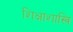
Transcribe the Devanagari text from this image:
शिक्षाशास्त्रि